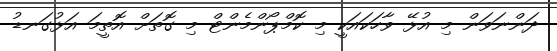
ދަންނަވަން މި އުޅޭ ވާހަކައަކީ މި ކޮމްޕޯންމެންޓް މި ގޮތަށް އޮތީމަ އަޅުގަނޑު